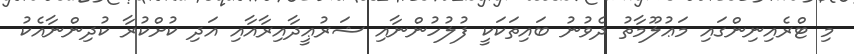
މި ޓްރެއިނިންގައި މަޢުލޫމާތު ދެވުނު ބައިތަކަކީ ފުލުހުންނާއި ޝަރުޢީދާއިރާއާއި އަދި ކުށްކުރާ ކުދިންނާއެކު